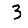
Digit: 3